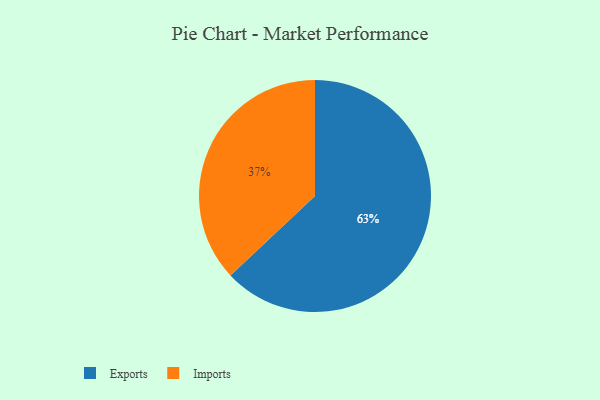
{"axis": {"x": "Category", "y": "Percentage"}, "legend": ["Exports", "Imports"], "data": [{"x": "Exports", "y": 63, "type": "Exports"}, {"x": "Imports", "y": 37, "type": "Imports"}]}